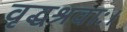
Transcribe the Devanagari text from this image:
वृद्धश्रवाः।